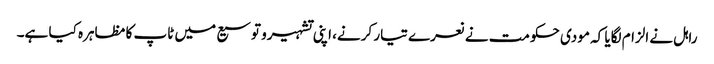
راہل نے الزام لگایا کہ مودی حکومت نے نعرے تیار کرنے، اپنی تشہیرو توسیع میں ٹاپ کا مظاہرہ کیا ہے۔